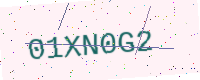
Text: 01XN0G2